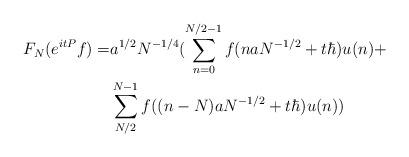
LaTeX: \begin{align*}F_N(e^{itP}f)= & a^{1/2}N^{-1/4}(\sum_{n=0}^{N/2-1}f(naN^{-1/2}+t\hbar)u(n)+\\& \sum_{N/2}^{N-1}f((n-N)aN^{-1/2}+t\hbar)u(n))\end{align*}